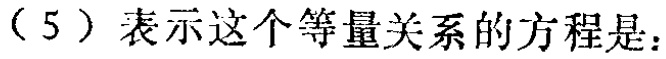
（5）表示这个等量关系的方程是：